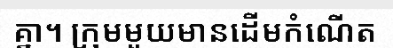
គ្នា។ ក្រុមមួយមានដើមកំណើត